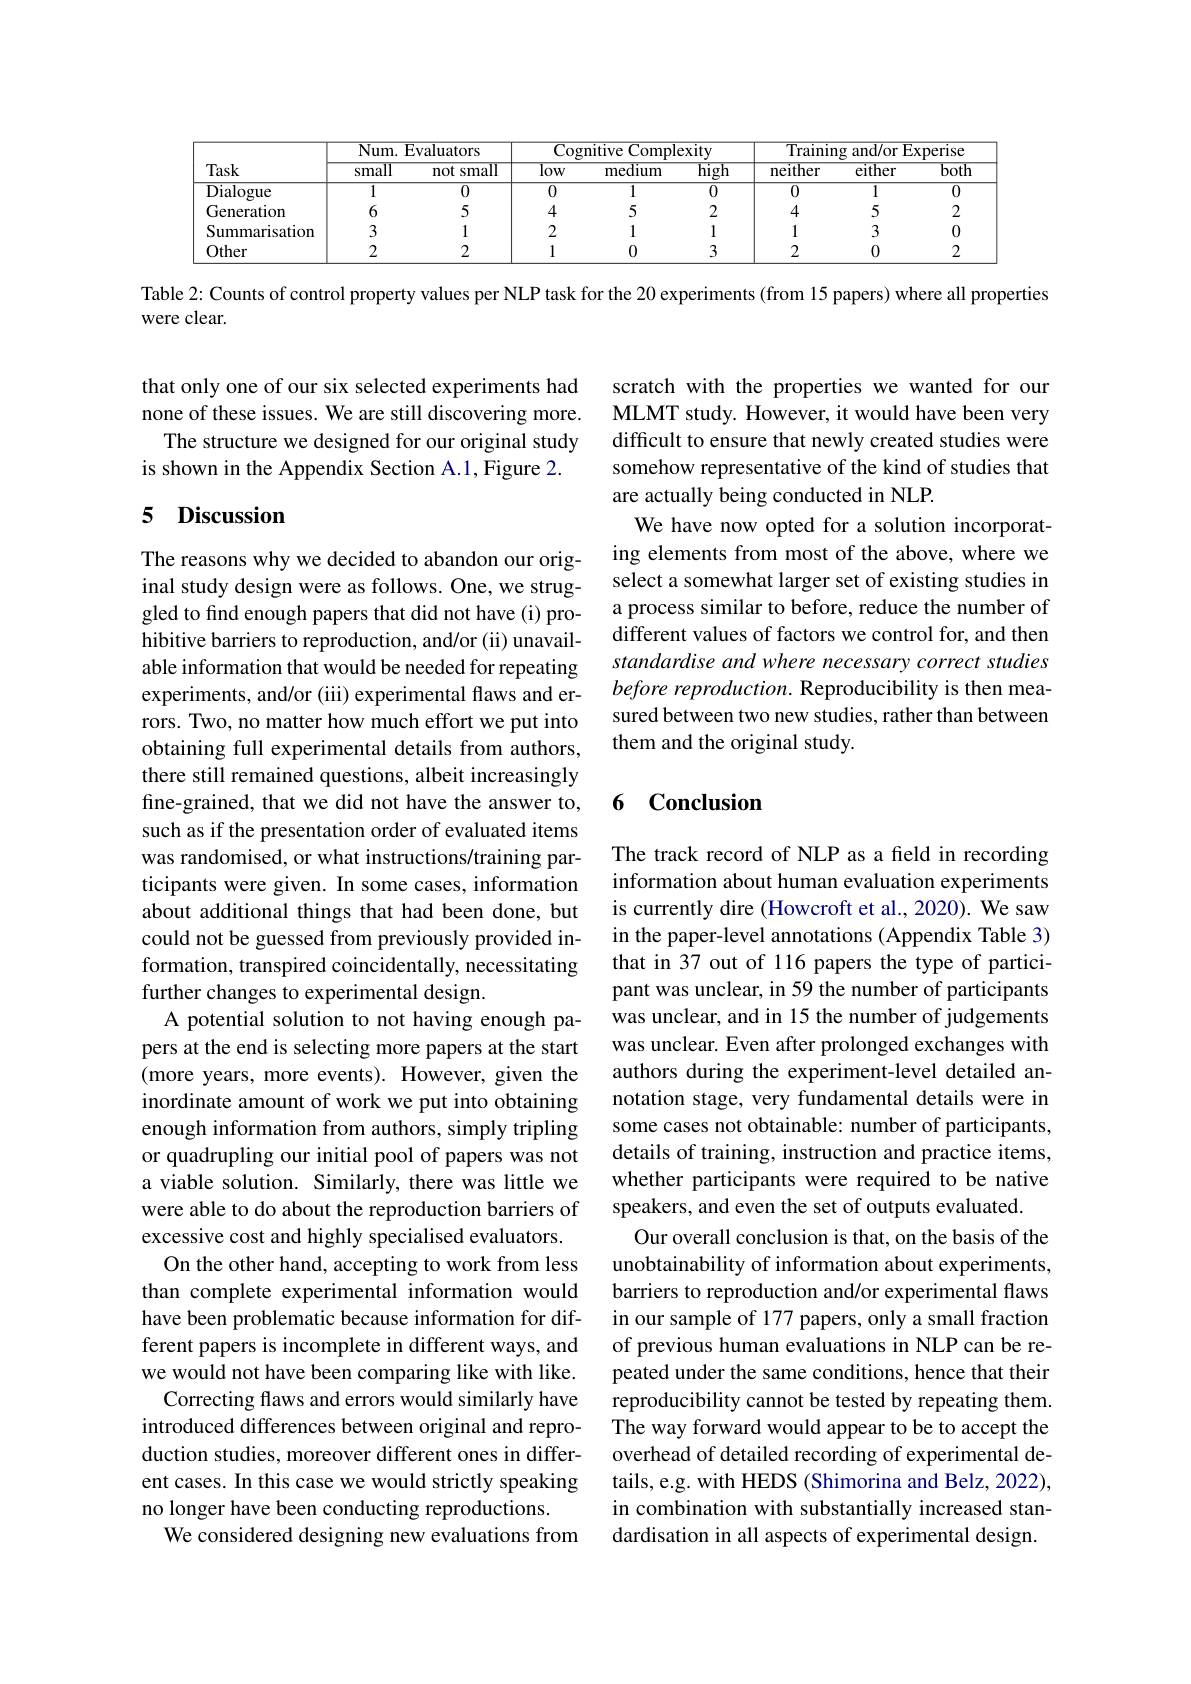
<table>
	<tbody>
		<tr>
			<th rowspan="2">Task</th>
			<th colspan="2">${\mathrm{Num.~Evaluators}}$</th>
			<th colspan="3">Cognitive Complexity</th>
			<th colspan="3">Training and/or Experise</th>
		</tr>
		<tr>
			<th>small</th>
			<th>not small</th>
			<th>$\overline{\log w}$</th>
			<th>medium</th>
			<th>$\overline{\mathrm{high}}$</th>
			<th>neither</th>
			<th>$\overline{\text{either}}$</th>
			<th>$\overline{botF}$</th>
		</tr>
		<tr>
			<td>${\mathrm{Dialogue}}$</td>
			<td>$\overline{1}$</td>
			<td>$\overline{0}$</td>
			<td>$\overline{0}$</td>
			<td>$\overline{1}$</td>
			<td>$\overline{0}$</td>
			<td>$\overline{0}$</td>
			<td>$\overline{1}$</td>
			<td>$\overline{0}$</td>
		</tr>
		<tr>
			<td>Generation</td>
			<td>6</td>
			<td>5</td>
			<td>4</td>
			<td>5</td>
			<td>2</td>
			<td>4</td>
			<td>5</td>
			<td>2</td>
		</tr>
		<tr>
			<td>$\mathbf{V}$ ${\mathrm{immarisation}}$</td>
			<td>3</td>
			<td>1</td>
			<td>2</td>
			<td>1</td>
			<td>1</td>
			<td>1</td>
			<td>3</td>
			<td>0</td>
		</tr>
		<tr>
			<td>Other</td>
			<td>2</td>
			<td>2</td>
			<td>1</td>
			<td>0</td>
			<td>3</td>
			<td>2</td>
			<td>0</td>
			<td>2</td>
		</tr>
	</tbody>
</table>

Table 2: Counts of control property values per NLP task for the 20 experiments (from 15 papers) where all properties

were clear.

that only one of our six selected experiments had none of these issues. We are still discovering more.
The structure we designed for our original study
is shown in the Appendix Section A.1,Figure 2.

## 5 Discussion

The reasons why we decided to abandon our original study design were as follows. One, we struggled to find enough papers that did not have (i) prohibitive barriers to reproduction, and/or (ii) unavailable information that would be needed for repeating experiments, and/or (iii) experimental flaws and errors. Two, no matter how much effort we put into obtaining full experimental details from authors, there still remained questions, albeit increasingly fine-grained, that we did not have the answer to, such as if the presentation order of evaluated items was randomised, or what instructions/training participants were given. In some cases, information about additional things that had been done, but could not be guessed from previously provided information, transpired coincidentally, necessitating further changes to experimental design.
A potential solution to not having enough papers at the end is selecting more papers at the start (more years, more events). However, given the inordinate amount of work we put into obtaining enough information from authors, simply tripling or quadrupling our initial pool of papers was not a viable solution. Similarly, there was little we were able to do about the reproduction barriers of excessive cost and highly specialised evaluators.
On the other hand, accepting to work from less than complete experimental information would have been problematic because information for different papers is incomplete in different ways, and we would not have been comparing like with like.
Correcting flaws and errors would similarly have introduced differences between original and reproduction studies, moreover different ones in different cases. In this case we would strictly speaking no longer have been conducting reproductions.
We considered designing new evaluations from

scratch with the properties we wanted for our MLMT study. However, it would have been very difficult to ensure that newly created studies were somehow representative of the kind of studies that are actually being conducted in NLP.
We have now opted for a solution incorporat-

ing elements from most of the above, where we select a somewhat larger set of existing studies in a process similar to before, reduce the number of different values of factors we control for, and then standardise and where necessary correct studies before reproduction. Reproducibility is then measured between two new studies, rather than between them and the original study.

## 6 Conclusion

The track record of NLP as a feld in recording information about human evaluation experiments is currently dire (Howcroft et al., 2020). We saw in the paper-level annotations (Appendix Table 3) that in 37 out of 116 papers the type of participant was unclear, in 59 the number of participants was unclear, and in 15 the number of judgements was unclear. Even after prolonged exchanges with authors during the experiment-level detailed annotation stage, very fundamental details were in some cases not obtainable: number of participants, details of training, instruction and practice items, whether participants were required to be native speakers, and even the set of outputs evaluated.
Our overall conclusion is that, on the basis of the unobtainability of information about experiments, barriers to reproduction and/or experimental flaws in our sample of 177 papers, only a small fraction of previous human evaluations in NLP can be repeated under the same conditions, hence that their reproducibility cannot be tested by repeating them. The way forward would appear to be to accept the overhead of detailed recording of experimental details, e.g. with HEDS (Shimorina and Belz, 2022), in combination with substantially increased standardisation in all aspects of experimental design.